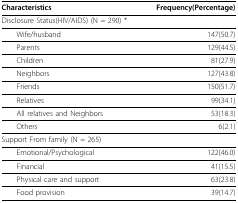
| Characteristics | Frequency(Percentage) |
 | --- | --- |
 | Disclosure Status(HIV/AIDS) (N = 290) * |  |
 | Wife/husband | 147(50.7) |
 | Parents | 129(44.5) |
 | Children | 81(27.9) |
 | Neighbors | 127(43.8) |
 | Friends | 150(51.7) |
 | Relatives | 99(34.1) |
 | All relatives and Neighbors | 53(18.3) |
 | Others | 6(2.1) |
 | Support From family (N = 265) |  |
 | Emotional/Psychological | 122(46.0) |
 | Financial | 41(15.5) |
 | Physical care and support | 63(23.8) |
 | Food provision | 39(14.7) |